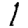
Digit: 1